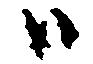
ハ